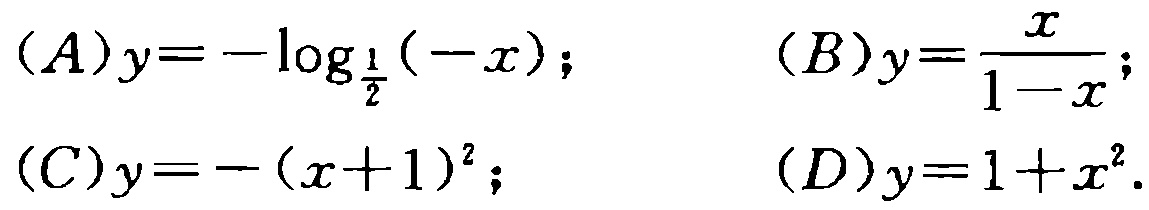
\((A)y = -\log_{\frac{1}{2}}(-x);\quad (B)y=\frac{x}{1 - x};\)
\((C)y = -(x + 1)^2;\quad (D)y = 1 + x^2.\)